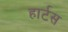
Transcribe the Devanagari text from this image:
हार्टस